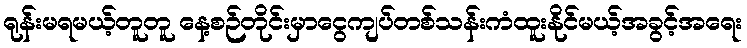
ရုန်းမရမယ့်တူတူ နေ့စဉ်တိုင်းမှာငွေကျပ်တစ်သန်းကံထူးနိုင်မယ့်အခွင့်အရေး